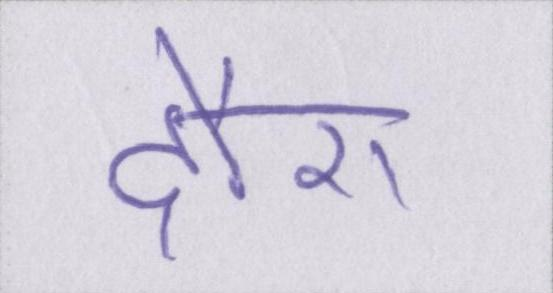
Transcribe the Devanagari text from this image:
दौरा